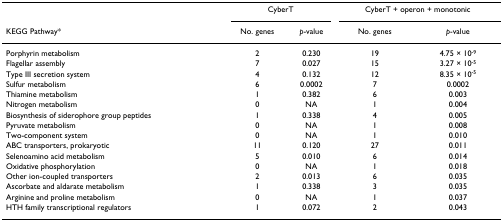
<table><thead><tr><td></td><td colspan="2"><b>CyberT</b></td><td colspan="2"><b>CyberT + operon + monotonic</b></td></tr><tr><td><b>KEGG Pathway*</b></td><td><b>No. genes</b></td><td><b><i>p</i>-value</b></td><td><b>No. genes</b></td><td><b><i>p</i>-value</b></td></tr></thead><tbody><tr><td>Porphyrin metabolism</td><td>2</td><td>0.230</td><td>19</td><td>4.75 × 10<sup>-9</sup></td></tr><tr><td>Flagellar assembly</td><td>7</td><td>0.027</td><td>15</td><td>3.27 × 10<sup>-5</sup></td></tr><tr><td>Type III secretion system</td><td>4</td><td>0.132</td><td>12</td><td>8.35 × 10<sup>-5</sup></td></tr><tr><td>Sulfur metabolism</td><td>6</td><td>0.0002</td><td>7</td><td>0.0002</td></tr><tr><td>Thiamine metabolism</td><td>1</td><td>0.382</td><td>6</td><td>0.003</td></tr><tr><td>Nitrogen metabolism</td><td>0</td><td>NA</td><td>1</td><td>0.004</td></tr><tr><td>Biosynthesis of siderophore group peptides</td><td>1</td><td>0.338</td><td>4</td><td>0.005</td></tr><tr><td>Pyruvate metabolism</td><td>0</td><td>NA</td><td>1</td><td>0.008</td></tr><tr><td>Two-component system</td><td>0</td><td>NA</td><td>1</td><td>0.010</td></tr><tr><td>ABC transporters, prokaryotic</td><td>11</td><td>0.120</td><td>27</td><td>0.011</td></tr><tr><td>Selenoamino acid metabolism</td><td>5</td><td>0.010</td><td>6</td><td>0.014</td></tr><tr><td>Oxidative phosphorylation</td><td>0</td><td>NA</td><td>1</td><td>0.018</td></tr><tr><td>Other ion-coupled transporters</td><td>2</td><td>0.013</td><td>6</td><td>0.035</td></tr><tr><td>Ascorbate and aldarate metabolism</td><td>1</td><td>0.338</td><td>3</td><td>0.035</td></tr><tr><td>Arginine and proline metabolism</td><td>0</td><td>NA</td><td>1</td><td>0.037</td></tr><tr><td>HTH family transcriptional regulators</td><td>1</td><td>0.072</td><td>2</td><td>0.043</td></tr></tbody></table>